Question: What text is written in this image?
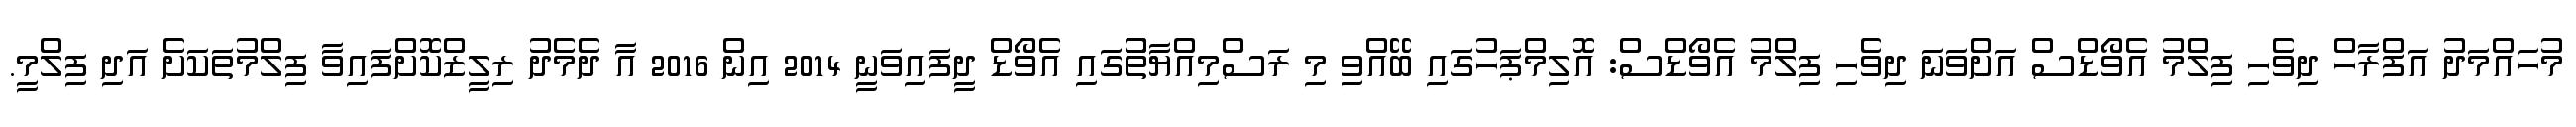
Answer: މުހައްމަދު އަފްރާހް ދިވެހި ފިލްމު އެވޯޑްސް އަށްވަނަ ދިވެހި ފިލްމު އެވޯޑްސް: އޮލިމްޕަހުގައި ބޭއްވި މި ރަސްމިއްޔާތުުގައި އެވޯޑް ދީފައިވަނީ 2014 އިން 2016 އާ ދެމެދު ރިލީޒްކޮށްފައިވާ ފިލްމުތަކަށެ އަދި ފިލްމީ.